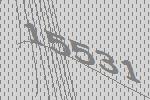
15531